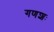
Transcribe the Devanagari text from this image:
गणशः